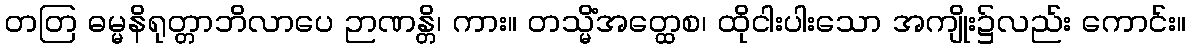
တတြ ဓမ္မနိရုတ္တာဘိလာပေ ဉာဏန္တိ၊ ကား။ တသ္မိံအတ္ထေစ၊ ထိုငါးပါးသော အကျိုး၌လည်း ကောင်း။